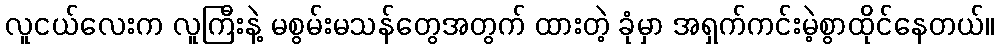
လူငယ်လေးက လူကြီးနဲ့ မစွမ်းမသန်တွေအတွက် ထားတဲ့ ခုံမှာ အရှက်ကင်းမဲ့စွာထိုင်နေတယ်။